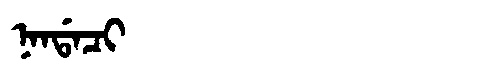
Manchu: ᠨᠠᠨᡩᠠᠴᡳ
Romanization: NANDACI